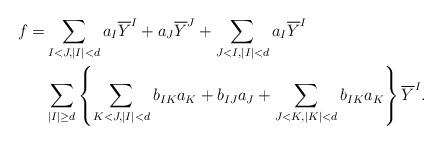
LaTeX: \begin{align*}f=& \sum_{I<J, |I|<d} a_I\overline{Y}^I + a_J\overline{Y}^J + \sum_{J<I, |I|<d} a_I\overline{Y}^I\\& \sum_{|I|\geq d}\left\{\sum_{K<J, |I|<d} b_{IK}a_K + b_{IJ}a_J + \sum_{J<K, |K|<d} b_{IK}a_K\right\}\overline{Y}^I.\end{align*}